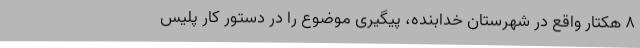
8 هکتار واقع در شهرستان خدابنده، پیگیری موضوع را در دستور کار پلیس